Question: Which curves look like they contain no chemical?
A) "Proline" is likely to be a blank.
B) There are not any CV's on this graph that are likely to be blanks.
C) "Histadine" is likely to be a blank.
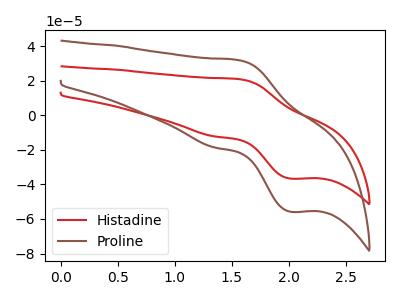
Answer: <think>The red curve "Histadine" has an anodic peak at (1.55V, 20.90uA) and a cathodic peak at (2.00V, -36.65uA). The brown curve "Proline" has an anodic peak at (1.55V, 31.90uA) and a cathodic peak at (2.00V, -55.85uA).</think>
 <answer>B) There are not any CV's on this graph that are likely to be blanks.</answer>
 <eval>B</eval>